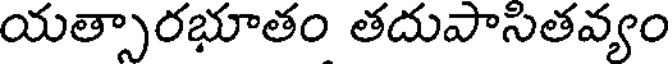
యత్సారభూతం తదుపాసితవ్యం